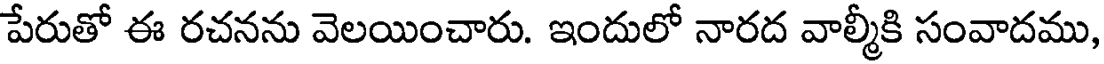
పేరుతో ఈ రచనను వెలయించారు. ఇందులో నారద వాల్మీకి సంవాదము,